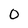
Character: 0